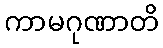
ကာမဂုဏာတိ